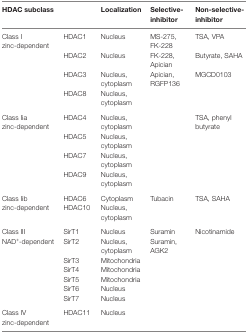
<table><thead><tr><td colspan="2"><b>HDAC subclass</b></td><td><b>Localization</b></td><td><b>Selective-inhibitor</b></td><td><b>Non-selective-inhibitor</b></td></tr></thead><tbody><tr><td rowspan="4">Class I zinc-dependent</td><td>HDAC1</td><td>Nucleus</td><td>MS-275, FK-228</td><td>TSA, VPA</td></tr><tr><td>HDAC2</td><td>Nucleus</td><td>FK-228, Apician</td><td>Butyrate, SAHA</td></tr><tr><td>HDAC3</td><td>Nucleus, cytoplasm</td><td>Apician, RGFP136</td><td>MGCD0103</td></tr><tr><td>HDAC8</td><td>Nucleus, cytoplasm</td><td></td><td></td></tr><tr><td rowspan="4">Class Iia zinc-dependent</td><td>HDAC4</td><td>Nucleus, cytoplasm</td><td></td><td rowspan="4">TSA, phenyl butyrate</td></tr><tr><td>HDAC5</td><td>Nucleus, cytoplasm</td><td></td></tr><tr><td>HDAC7</td><td>Nucleus, cytoplasm</td><td></td></tr><tr><td>HDAC9</td><td>Nucleus, cytoplasm</td><td></td></tr><tr><td rowspan="2">Class Iib zinc-dependent</td><td>HDAC6</td><td>Cytoplasm</td><td>Tubacin</td><td rowspan="2">TSA, SAHA</td></tr><tr><td>HDAC10</td><td>Nucleus, cytoplasm</td><td></td></tr><tr><td rowspan="7">Class III NAD<sup>+</sup>-dependent</td><td>SirT1</td><td>Nucleus</td><td>Suramin</td><td rowspan="7">Nicotinamide</td></tr><tr><td>SirT2</td><td>Nucleus, cytoplasm</td><td>Suramin, AGK2</td></tr><tr><td>SirT3</td><td>Mitochondria</td><td></td></tr><tr><td>SirT4</td><td>Mitochondria</td><td></td></tr><tr><td>SirT5</td><td>Mitochondria</td><td></td></tr><tr><td>SirT6</td><td>Nucleus</td><td></td></tr><tr><td>SirT7</td><td>Nucleus</td><td></td></tr><tr><td>Class IV zinc-dependent</td><td>HDAC11</td><td>Nucleus</td></tr></tbody></table>